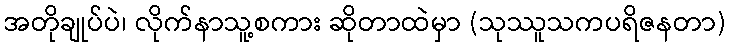
အတိုချုပ်ပဲ၊ လိုက်နာသူ့စကား ဆိုတာထဲမှာ (သုဿူသကပရိဇနတာ)